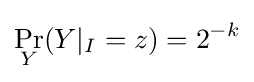
\Pr _{Y}(Y|_{I}=z)=2^{-k}